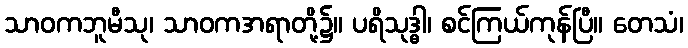
သာဝကဘူမီသု၊ သာဝကအရာတို့၌။ ပရိသုဒ္ဓါ၊ စင်ကြယ်ကုန်ပြီ။ တေသံ၊